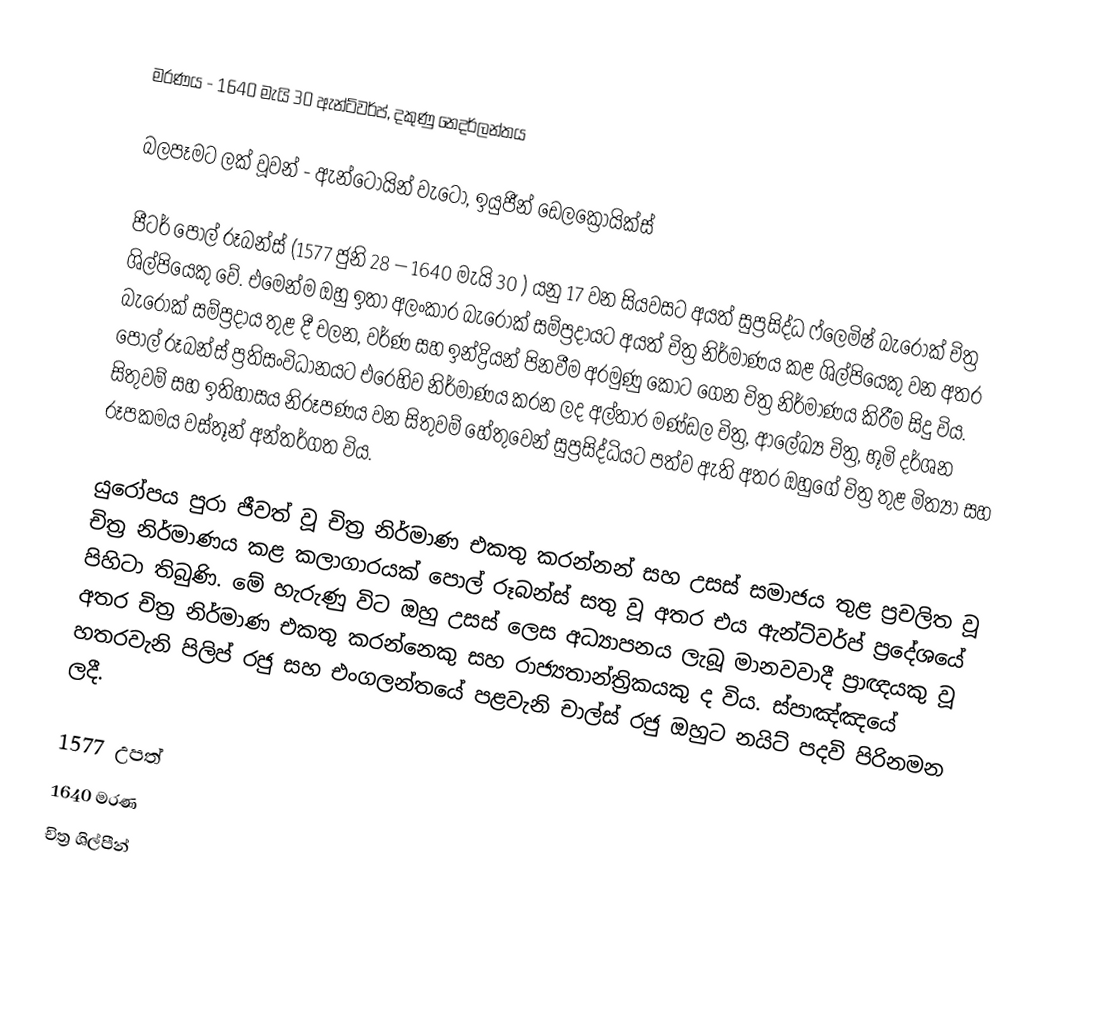
මරණය - 1640 මැයි 30 ඇන්ට්වර්ප්, දකුණු නෙදර්ලන්තය

බලපෑමට ලක් වූවන් - ඇන්ටොයින් ‍වැටෝ, ඉයුජීන් ඩෙලක්‍රොයික්ස්

පීටර් පෝල් රූබන්ස් (1577 ජුනි 28 – 1640 මැයි 30 ‍) යනු 17 වන සියවසට අයත් සුප්‍රසිද්ධ ‍‍ෆ්ලෙමිෂ් බැරොක් චිත්‍ර ශිල්පියෙකු වේ. එමෙන්ම ඔහු ඉතා අලංකාර බැරොක් සම්ප්‍රදායට අයත් චිත්‍ර නිර්මාණය කළ ශිල්පියෙකු වන අතර බැරොක් සම්ප්‍රදාය තුළ දී චලන, වර්ණ සහ ඉන්ද්‍රියන් පිනවීම අරමුණු කොට ගෙන චිත්‍ර නිර්මාණය කිරීම සිදු විය. පෝල් රූබන්ස් ප්‍රතිසංවිධානයට එරෙහිව නිර්මාණය කරන ලද අල්තාර මණ්ඩල චිත්‍ර, ආලේඛ්‍ය චිත්‍ර, භූමි දර්ශන සිතුවම් සහ ඉතිහාසය නිරූපණය වන සිතුවම් හේතුවෙන් සුප්‍රසිද්ධියට පත්ව ඇති අතර ඔහුගේ චිත්‍ර තුළ මිත්‍යා සහ රූපකමය වස්තූන් අන්තර්ගත විය.

යුරෝපය පුරා ජීවත් වූ චිත්‍ර නිර්මාණ එකතු කරන්නන් සහ උසස් සමාජය තුළ ප්‍රචලිත වූ චිත්‍ර නිර්මාණය කළ කලාගාරයක් පොල් රූබන්ස් සතු වූ අතර එය ඇන්ට්වර්ප් ප්‍රදේශයේ පිහිටා තිබුණි. මේ හැරුණු විට ඔහු උසස් ලෙස අධ්‍යාපනය ලැබූ මානවවාදී ප්‍රාඥයකු වූ අතර චිත්‍ර නිර්මාණ එකතු කරන්නෙකු සහ රාජ්‍යතාන්ත්‍රිකයකු ද විය. ස්පාඤ්ඤයේ හතරවැනි පිලිප් රජු සහ එංගලන්තයේ පළවැනි චාල්ස් රජු ඔහුට නයිට් පදවි පිරිනමන ලදී.

1577 උපත්
1640 මරණ
චිත්‍ර ශිල්පීන්